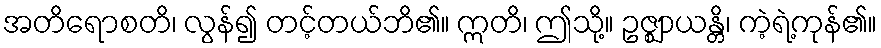
အတိရောစတိ၊ လွန်၍ တင့်တယ်ဘိ၏။ ဣတိ၊ ဤသို့။ ဥဇ္ဈာယန္တိ၊ ကဲ့ရဲ့ကုန်၏။